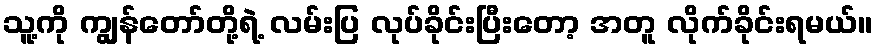
သူ့ကို ကျွန်တော်တို့ရဲ့ လမ်းပြ လုပ်ခိုင်းပြီးတော့ အတူ လိုက်ခိုင်းရမယ်။